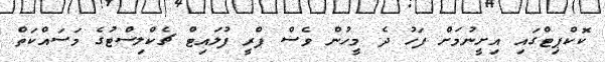
ކޮކްޕިޓްގައި އިށީނުމަށް ފަހު ދެ މީހުން ވެސް ޕްރީ ފުލައިޓް ޗެކްލިސްޓުގެ މަސައްކަތް